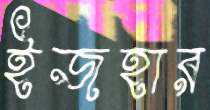
ইজহার